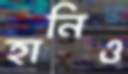
হানিও